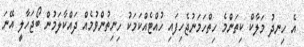
އެ ހިނދު މަލާކް ކިތަންމެ ހިތްހަމަނުޖެހިފައި ހުއްޓެއްކަމަކު ހިނިތުންވުމެއް ދައްކާލަމުން ބޯޖަހާލީ އޭނަ